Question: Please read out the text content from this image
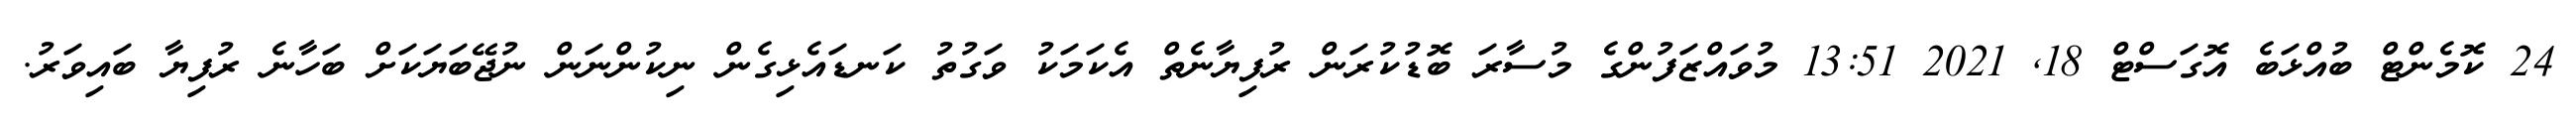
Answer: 24 ކޮމެންޓް ބުއްޅަބެ އޮގަސްޓް 18, 2021 13:51 މުވައްޒަފުންގެ މުސާރަ ބޮޑުކުރަން ރުފިޔާނެތް އެކަމަކު ވަގުތު ކަނޑައެޅިގެން ނިކުންނަން ނުޖޭބަޔަކަށް ބަހާނެ ރުފިޔާ ބައިވަރު.